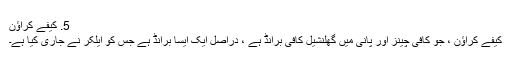
5. کیفے کراؤن
کیفے کراؤن ، جو کافی چینز اور پانی میں گھلنشیل کافی برانڈ ہے ، دراصل ایک ایسا برانڈ ہے جس کو ایلکر نے جاری کیا ہے۔